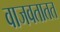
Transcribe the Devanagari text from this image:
वाजवतातत